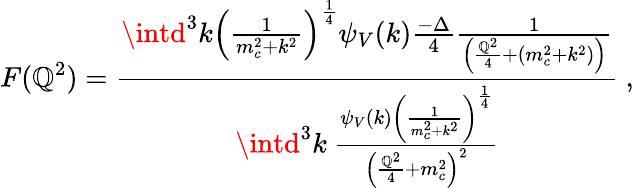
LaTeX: F(\mathbb{Q}^{2})={\frac{{\intd^{3}k\left({\frac{{1}}{{m_{c}^{2}+k^{2}}}}\right)^{\frac{{1}}{{4}}}\psi_{V}(k){\frac{{-\Delta}}{{4}}}{\frac{{1}}{{\left({\frac{{\mathbb{Q}^{2}}}{{4}}}+(m_{c}^{2}+k^{2})\right)}}}}}{{\intd^{3}k~{\frac{{\psi_{V}(k)\left({\frac{{1}}{{m_{c}^{2}+k^{2}}}}\right)^{\frac{{1}}{{4}}}}}{{\left({\frac{{\mathbb{Q}^{2}}}{{4}}}+m_{c}^{2}\right)^{2}}}}}}}\ ,